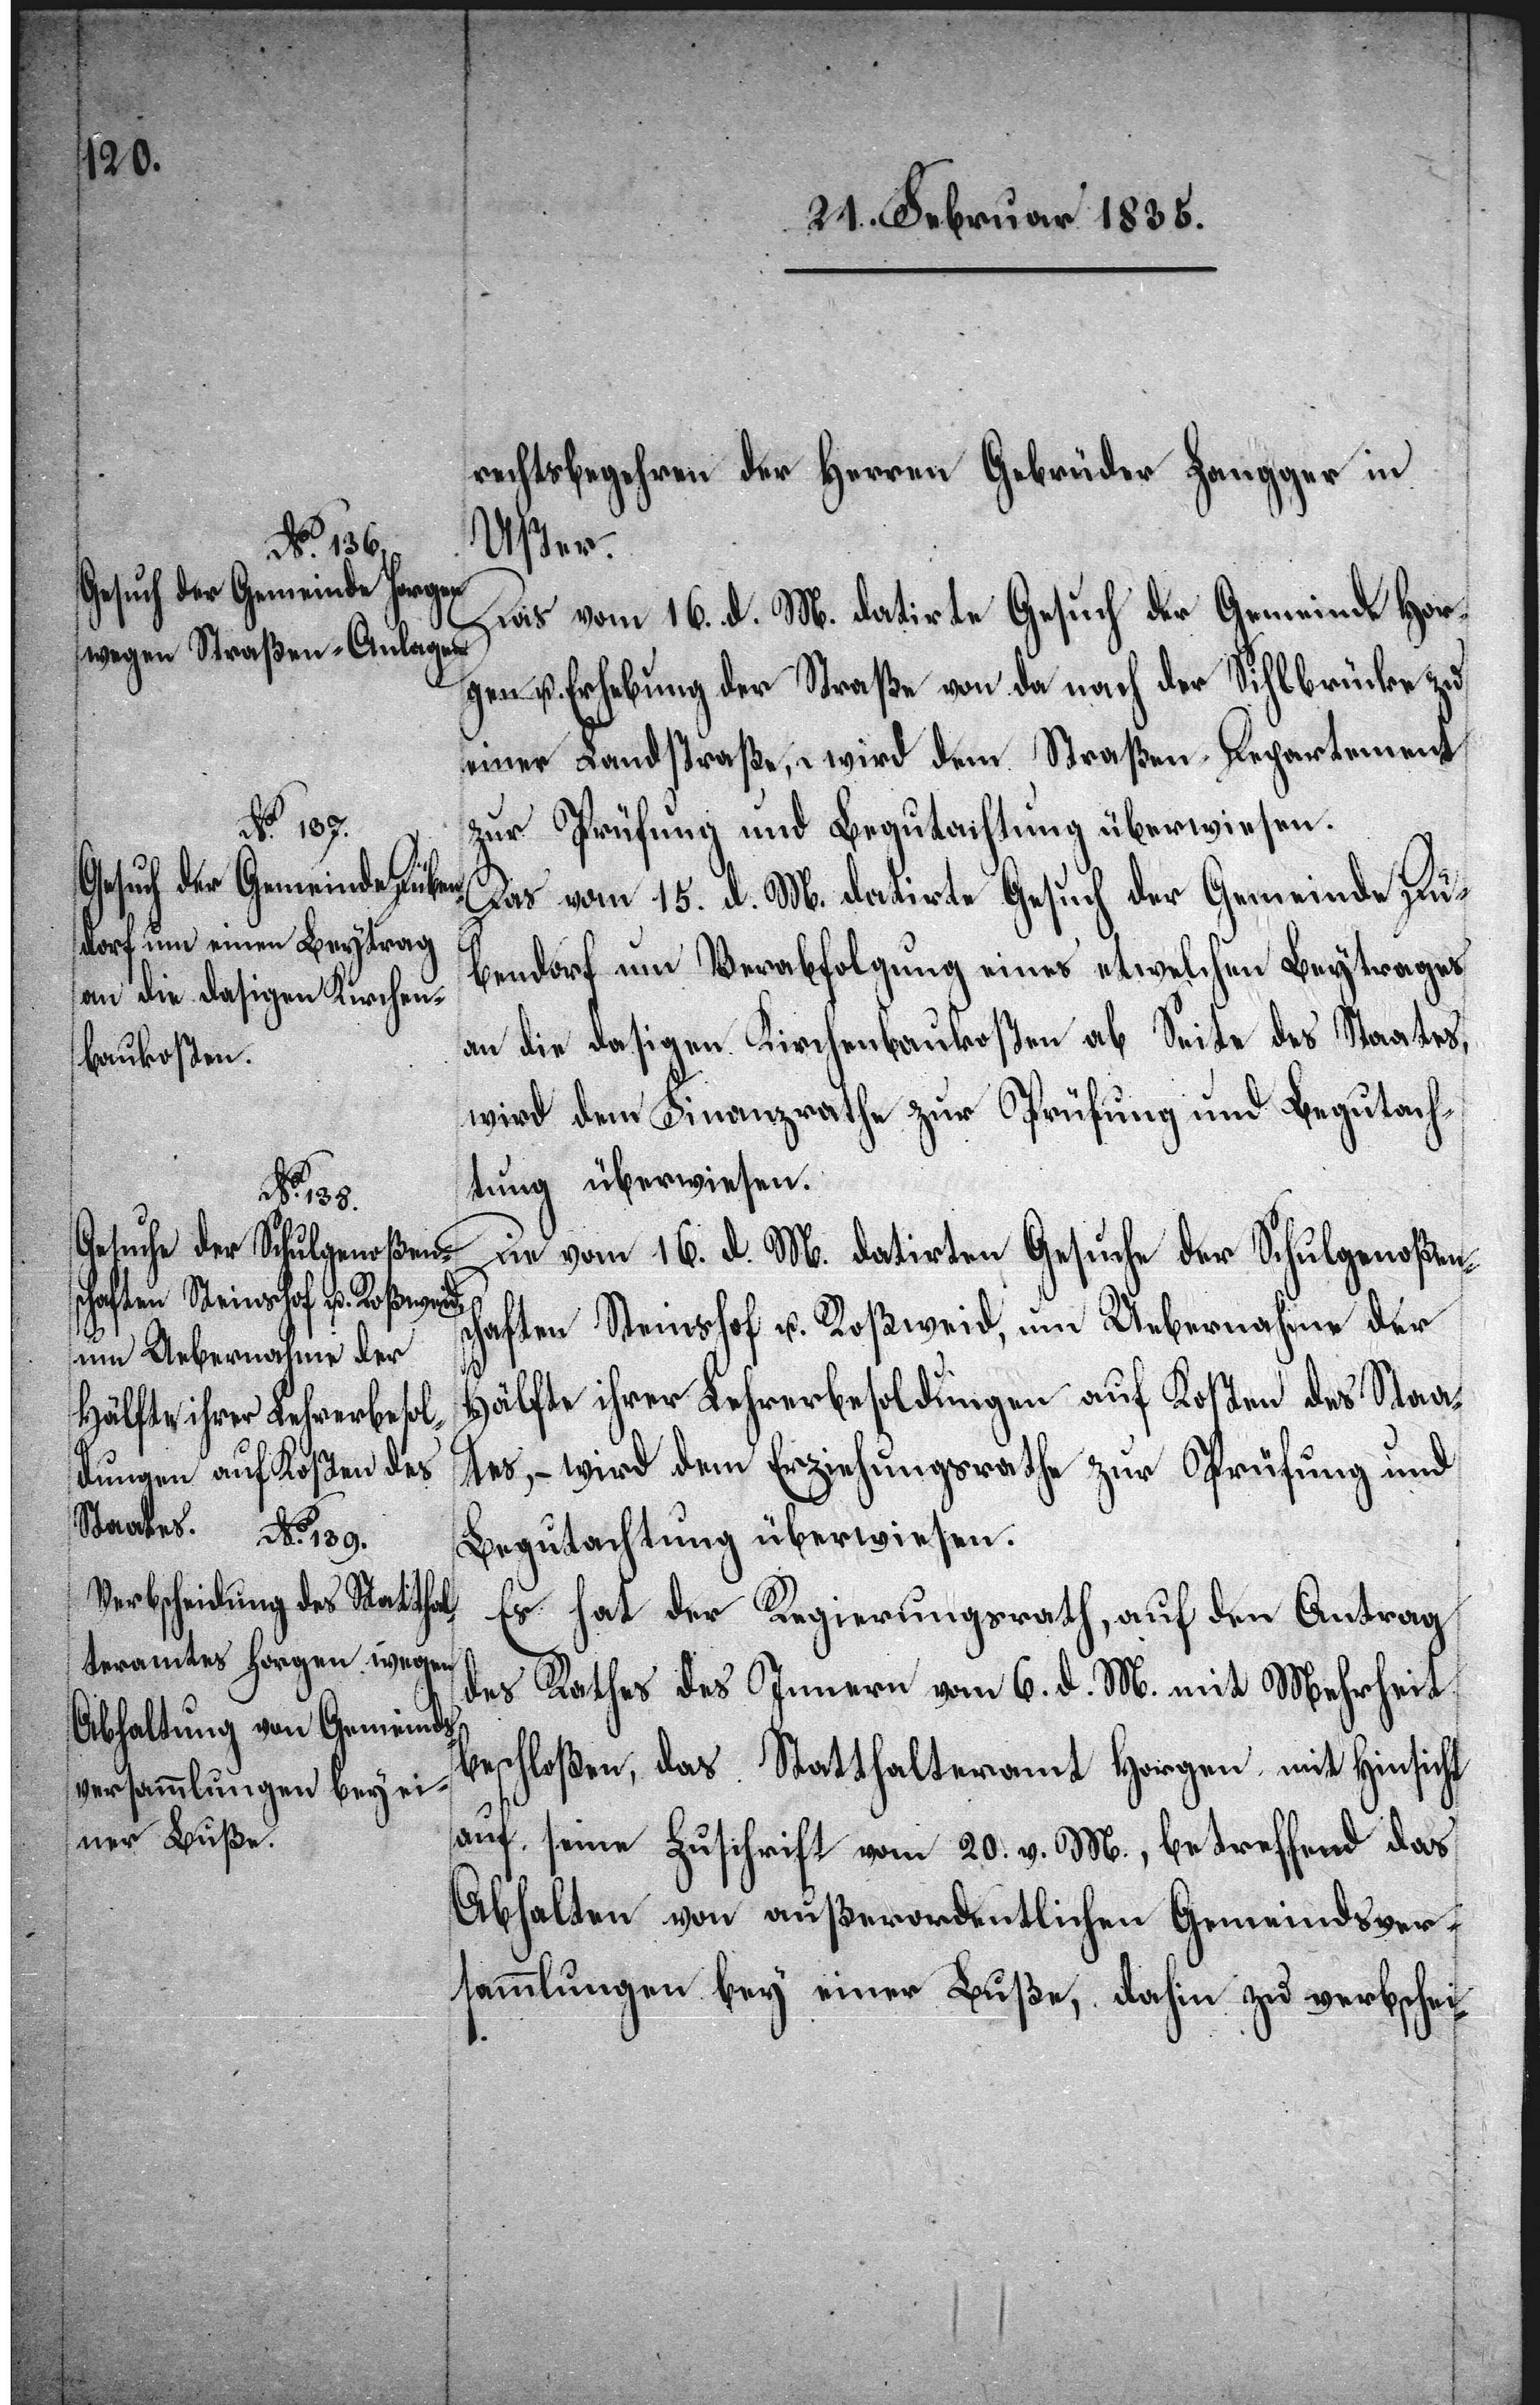
– wird

rechtsbegehren der Herren Gebrüder Zangger in
Uster.
Das vom 16. d. M. datirte Gesuch der Gemeinde Hor¬
gen u. Erhebung der Straße von da nach der Sihlbrücke zu
einer Landstraße, wird dem Straßen-Departement
zur Prüfung und Begutachtung überwiesen.
Das vom 15. d. M. datirte Gesuch der Gemeinde Dü¬
bendorf um Verabfolgung eines etwelchen Beytrages
an die dasigen Kirchenbaukosten ab Seite des Staates,
wird dem Finanzrathe zur Prüfung und Begutach¬
tung überwiesen.
Die vom 16. d. M. datirten Gesuche der Schulgenoßen¬
schaften Steinshof u. Roßweid, um Uebernahme der
Hälfte ihrer Lehrerbesoldungen auf Kosten des Sta¬
Es hat der Regierungsrath, auf den Antrag
des Rathes des Innern vom 6. d. M. mit Mehrheit
beschloßen, das Statthalteramt Horgen, mit Hinsicht
auf seine Zuschrift vom 20. v. M. betreffend das
Abhalten von außerordentlichen Gemeindsver¬
sammlungen bey einer Buße, dahin zu verbschei-